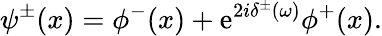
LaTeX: \psi^{\pm}(x)=\phi^{-}(x)+\mathrm{e}^{2i\delta^{\pm}(\omega)}\phi^{+}(x).